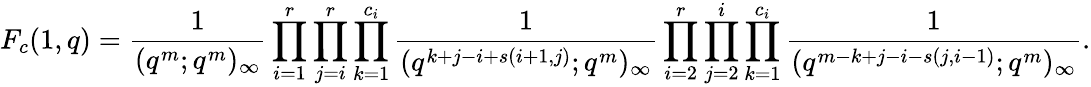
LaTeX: F_{c}(1,q)=\frac{1}{(q^{m};q^{m})_{\infty}}\prod_{i=1}^{r}\prod_{j=i}^{r}\prod_{k=1}^{c_{i}}\frac{1}{(q^{k+j-i+s(i+1,j)};q^{m})_{\infty}}\prod_{i=2}^{r}\prod_{j=2}^{i}\prod_{k=1}^{c_{i}}\frac{1}{(q^{m-k+j-i-s(j,i-1)};q^{m})_{\infty}}.